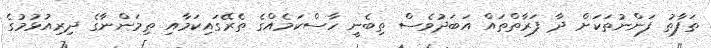
ތަފާތު ފަންނުތަކަށް ދާ ފަރާތްތައް އަބަދުވެސް ތިބެނީ ހާސްކަމެއްގެ ތެރޭގައިކަމާއި ތިމަންނާގެ ދިރިއުޅުމުގެ